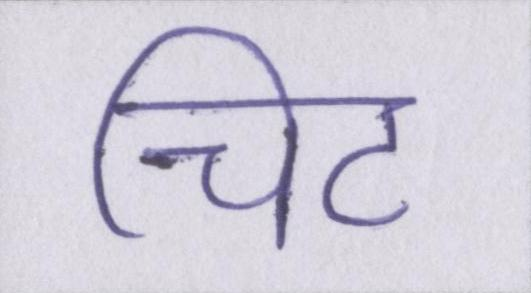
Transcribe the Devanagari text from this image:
चिट